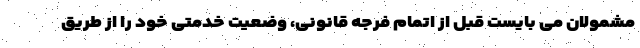
مشمولان می بایست قبل از اتمام فرجه قانونی، وضعیت خدمتی خود را از طریق